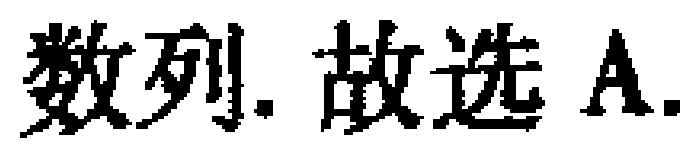
数列. 故选 A.